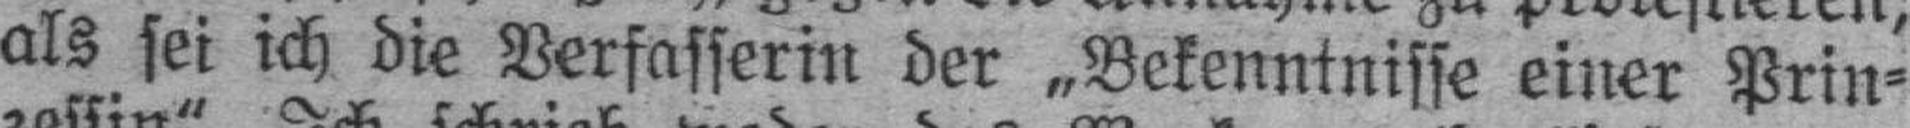
als sei ich die Verfasserin der „Bekenntnisse einer Prin¬